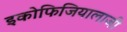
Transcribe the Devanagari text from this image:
इकोफिजियालाजी